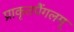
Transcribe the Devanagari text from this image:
प्राकृतपैंगलम्‌